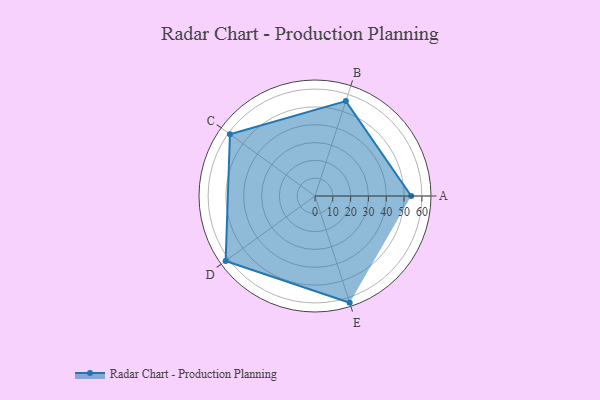
{"axis": {"x": "Skill", "y": "Score"}, "legend": ["Profile"], "data": [{"x": "A", "y": 54.0, "type": "Profile"}, {"x": "B", "y": 56.0, "type": "Profile"}, {"x": "C", "y": 59.0, "type": "Profile"}, {"x": "D", "y": 62.0, "type": "Profile"}, {"x": "E", "y": 63.0, "type": "Profile"}]}